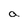
Character: a